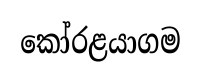
කෝරළයාගම